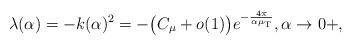
LaTeX: \begin{align*}\lambda(\alpha) = -k(\alpha)^2 = -\big(C_\mu + o(1)\big)e^{ -\frac{4\pi}{\alpha \mu_{\rm T} }},\alpha\rightarrow 0+,\end{align*}